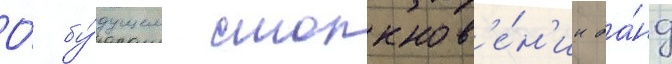
О́ бу́дущем столкнов'е́н'ии ба́нд